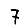
Digit: 7